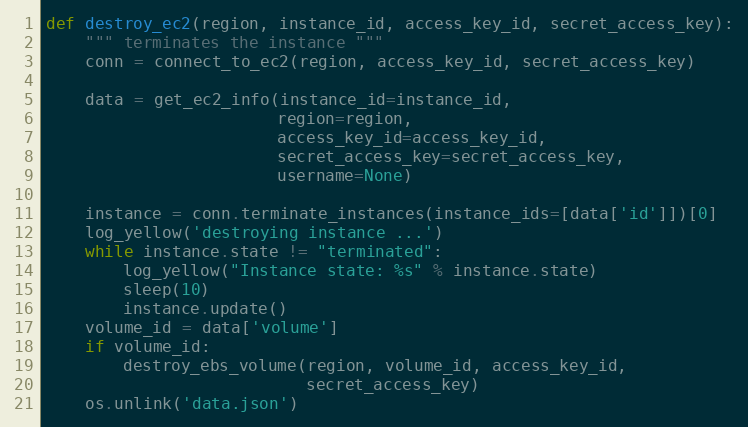
Language: Python
def destroy_ec2(region, instance_id, access_key_id, secret_access_key):
    """ terminates the instance """
    conn = connect_to_ec2(region, access_key_id, secret_access_key)

    data = get_ec2_info(instance_id=instance_id,
                        region=region,
                        access_key_id=access_key_id,
                        secret_access_key=secret_access_key,
                        username=None)

    instance = conn.terminate_instances(instance_ids=[data['id']])[0]
    log_yellow('destroying instance ...')
    while instance.state != "terminated":
        log_yellow("Instance state: %s" % instance.state)
        sleep(10)
        instance.update()
    volume_id = data['volume']
    if volume_id:
        destroy_ebs_volume(region, volume_id, access_key_id,
                           secret_access_key)
    os.unlink('data.json')